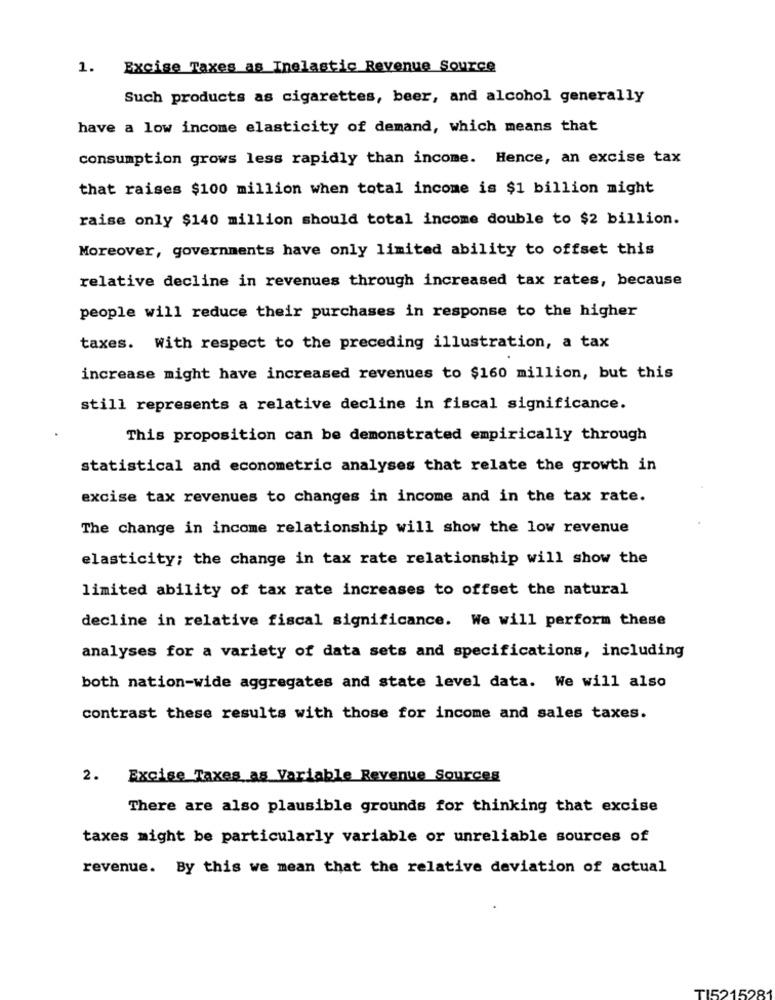
1. Excise Taxes as Inelastic Revenue Source
Such products as cigarettes, beer, and alcohol generally
have a low income elasticity of demand, which means that
consumption grows less rapidly than income. Hence, an excise tax
that raises $100 million when total income is $1 billion might
raise only $140 million should total income double to $2 billion.
Moreover, governments have only limited ability to offset this
relative decline in revenues through increased tax rates, because
people will reduce their purchases in response to the higher
taxes. With respect to the preceding illustration, a tax
increase might have increased revenues to $160 million, but this
still represents a relative decline in fiscal significance.
This proposition can be demonstrated empirically through
statistical and econometric analyses that relate the growth in
excise tax revenues to changes in income and in the tax rate.
The change in income relationship will show the low revenue
elasticity; the change in tax rate relationship will show the
limited ability of tax rate increases to offset the natural
decline in relative fiscal significance. We will perform these
analyses for a variety of data sets and specifications, including
both nation-wide aggregates and state level data. We will also
contrast these results with those for income and sales taxes.
2.
Excise Taxes as Variable Revenue Sources
There are also plausible grounds for thinking that excise
taxes might be particularly variable or unreliable sources of
revenue. By this we mean that the relative deviation of actual
TI5215281